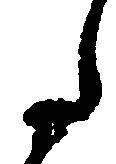
た